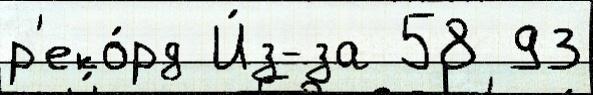
р'еко́рд И́з-за 58 93